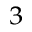
^ { 3 }